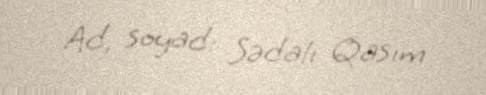
Ad, soyad: Sədalı Qasım